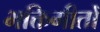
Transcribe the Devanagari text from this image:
भक्तिगीतोँ